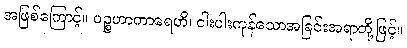
အဖြစ်ကြောင့်။ ပဉ္စဟာကာရေဟိ၊ ငါးပါးကုန်သောအခြင်းအရာတို့ဖြင့်။